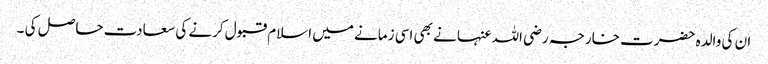
ان کی والدہ حضرت خارجہ رضی اللہ عنہا نے بھی اسی زمانے میں اسلام قبول کرنے کی سعادت حاصل کی ۔